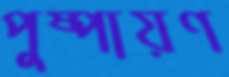
পুষ্পায়ণ